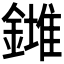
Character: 𨬉